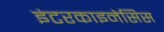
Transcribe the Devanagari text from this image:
इंटरकाइनेसिस